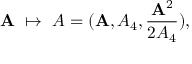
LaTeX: { \bf A } \ \mapsto \ A = ( { \bf A } , A _ { 4 } , \frac { { { \bf A } ^ { 2 } } } { { 2 A } _ { 4 } } ) ,